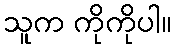
သူက ကိုကိုပါ။